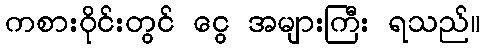
ကစားဝိုင်းတွင် ငွေ အများကြီး ရသည်။